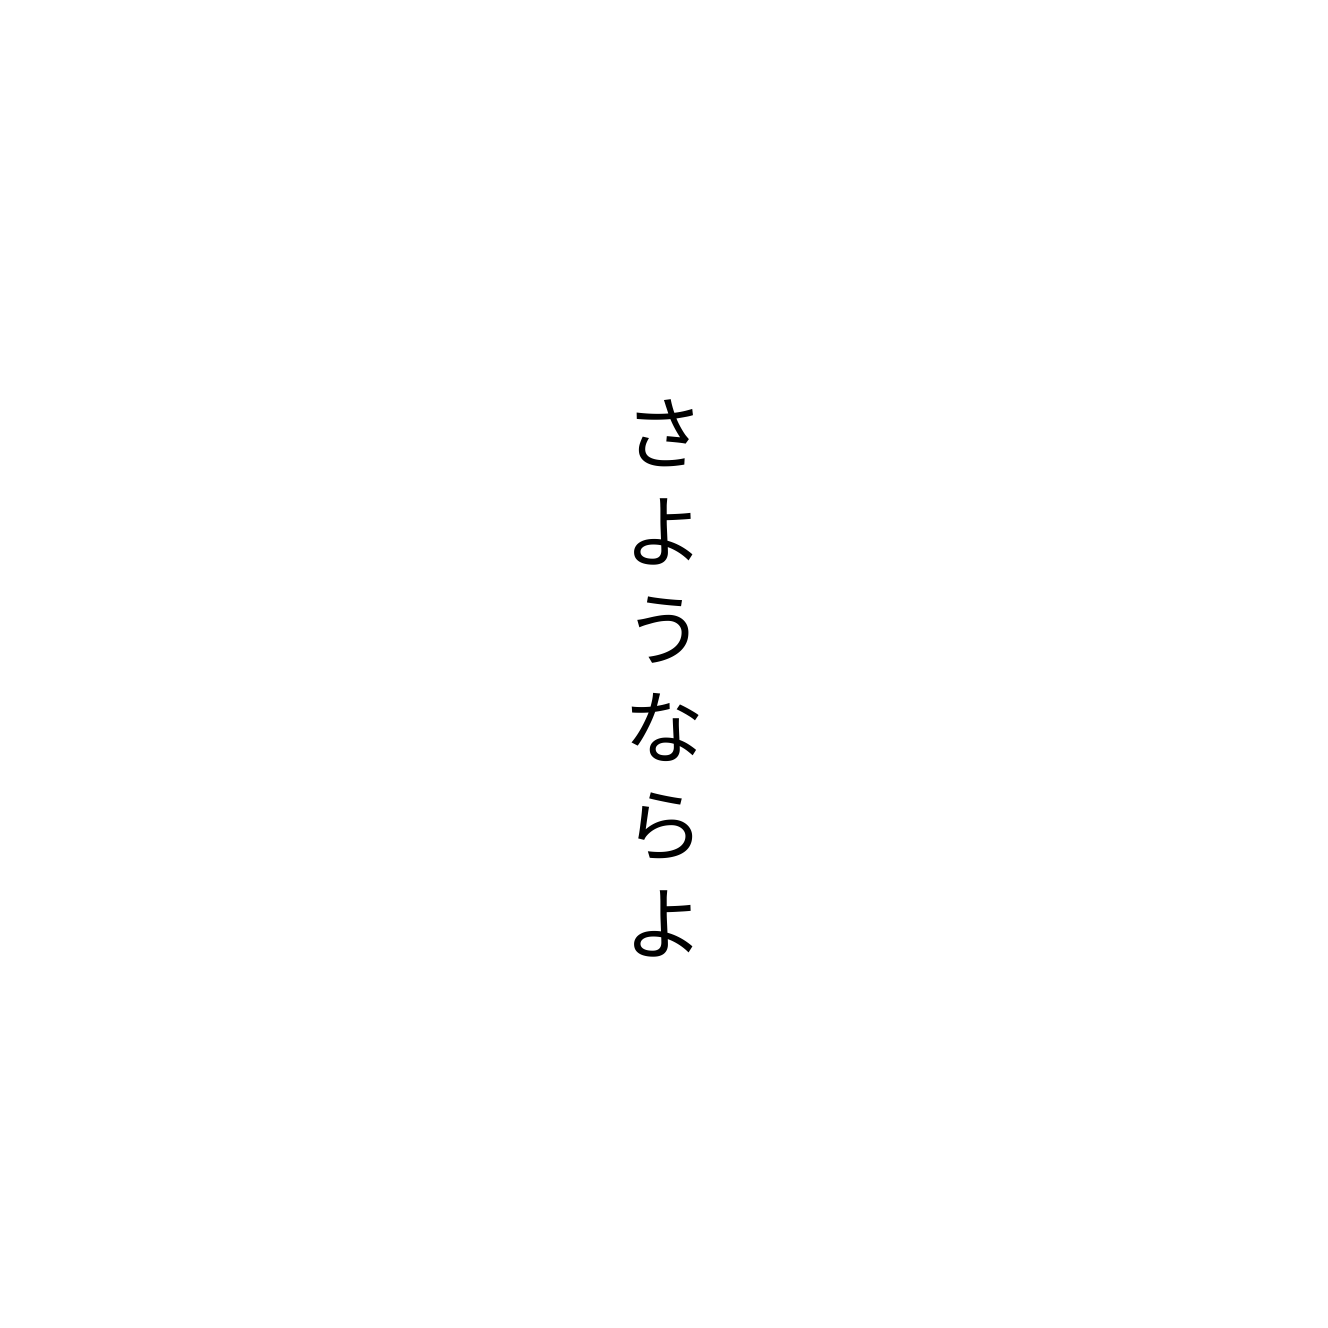
さようならよ